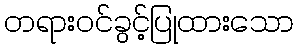
တရားဝင်ခွင့်ပြုထားသော